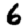
Digit: 6